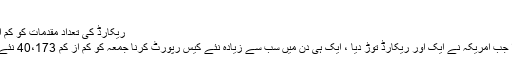
”
ریکارڈ کی تعداد مقدمات کو کم اندازہ کر سکتی ہے
یہ سب اس وقت ہوا جب امریکہ نے ایک اور ریکارڈ توڑ دیا ، ایک ہی دن میں سب سے زیادہ نئے کیس رپورٹ کرنا جمعہ کو کم از کم 40،173 نئے انفیکشن کے ساتھ۔